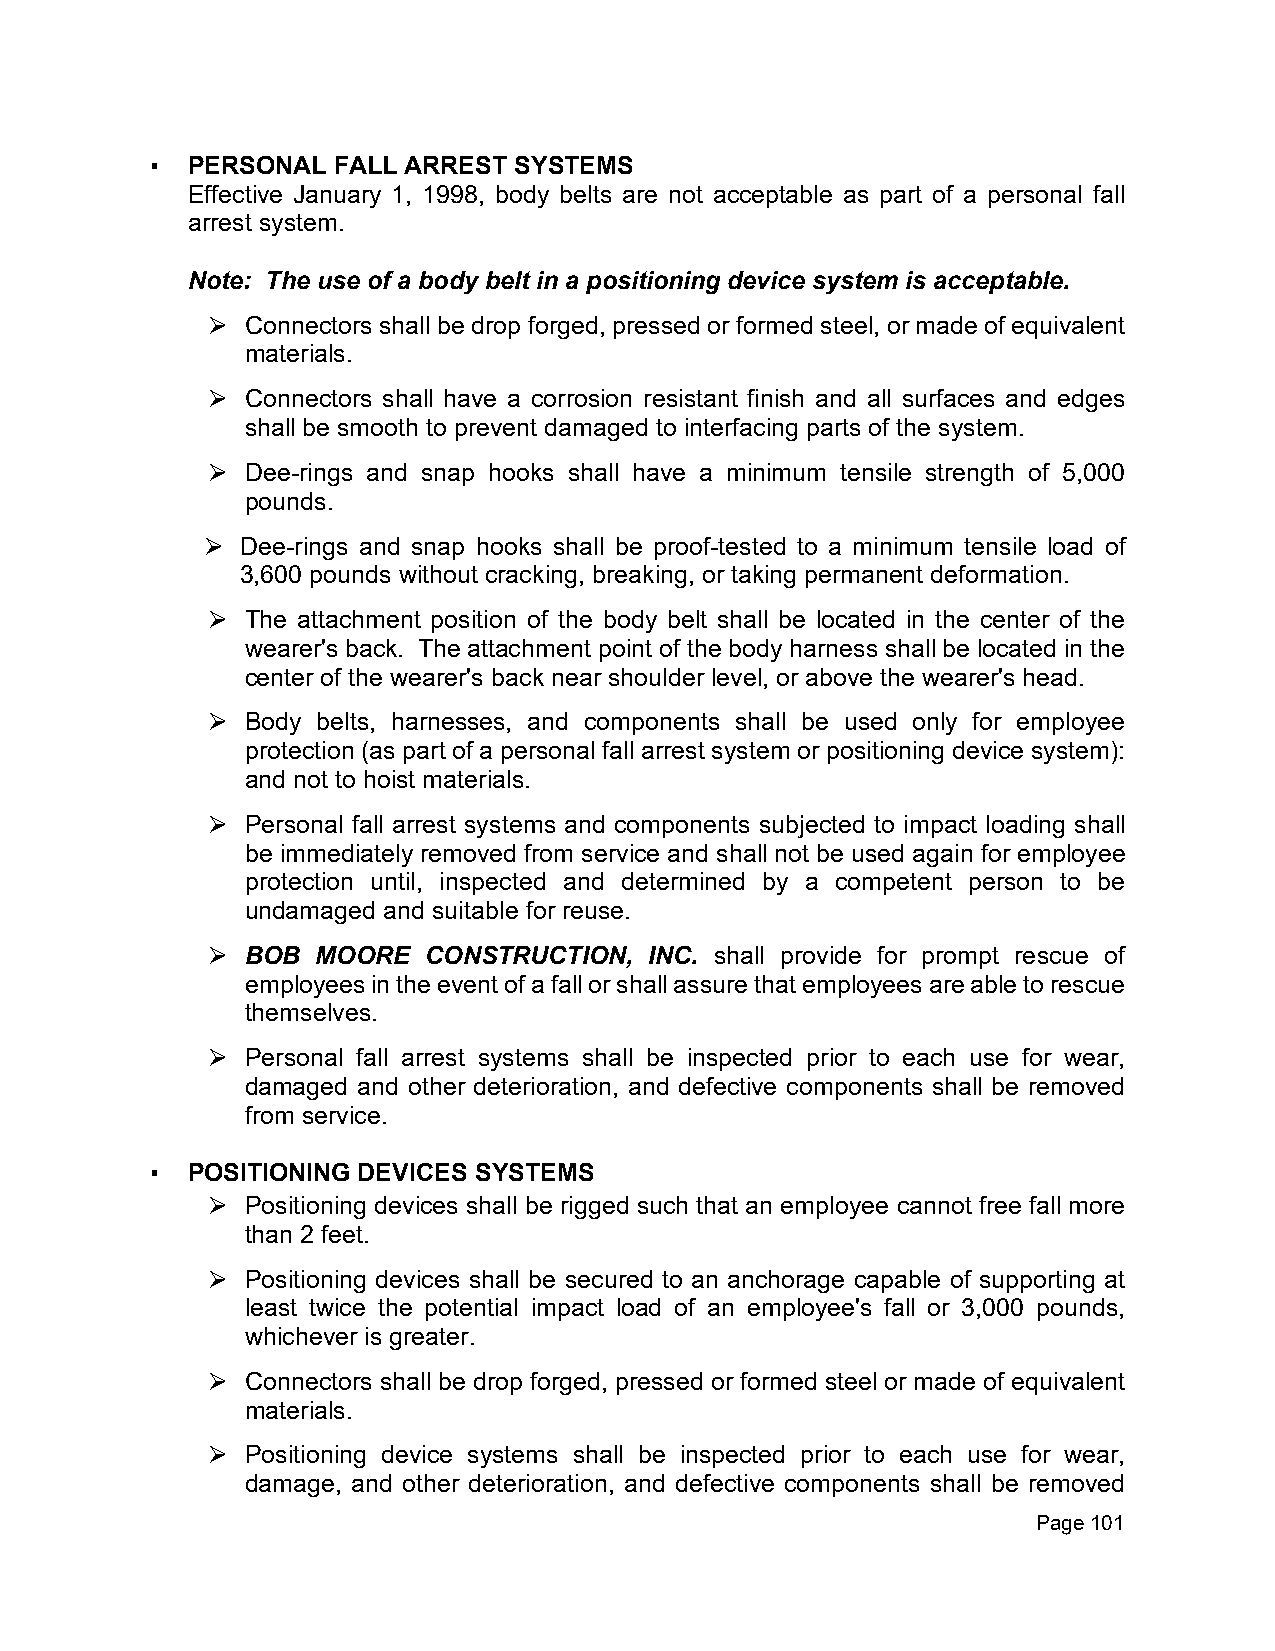
▪ PERSONAL  FALL ARREST SYSTEMS
 Effective January 1, 1998, body belts are not acceptable as part of a personal fall
 arrest system.
 Note: The use of a body belt in a positioning device system is acceptable.
 Connectors shall be drop forged, pressed or formed steel, or made of equivalent
 ⮚
 materials.
 Connectors shall have a corrosion resistant finish and all surfaces and edges
 ⮚
 shall be smooth to prevent damaged to interfacing parts of the system.
 Dee-rings and snap hooks shall have a minimum tensile strength of 5,000
 ⮚
 pounds.
 Dee-rings and snap hooks shall be proof-tested to a minimum tensile load of
 ⮚
 3,600 pounds without cracking, breaking, or taking permanent deformation.
 The attachment position of the body belt shall be located in the center of the
 ⮚
 wearer's back. The attachment point of the body harness shall be located in the
 center of the wearer's back near shoulder level, or above the wearer's head.
 Body belts, harnesses, and components shall be used only for employee
 ⮚
 protection (as part of a personal fall arrest system or positioning device system):
 and not to hoist materials.
 Personal fall arrest systems and components subjected to impact loading shall
 ⮚
 be immediately removed from service and shall not be used again for employee
 protection until, inspected and determined by a competent person to be
 undamaged and suitable for reuse.
 BOB  MOORE  CONSTRUCTION,  INC. shall provide for prompt rescue of
 ⮚
 employees in the event of a fall or shall assure that employees are able to rescue
 themselves.
 Personal fall arrest systems shall be inspected prior to each use for wear,
 ⮚
 damaged and other deterioration, and defective components shall be removed
 from service.
 ▪ POSITIONING DEVICES SYSTEMS
 Positioning devices shall be rigged such that an employee cannot free fall more
 ⮚
 than 2 feet.
 Positioning devices shall be secured to an anchorage capable of supporting at
 ⮚
 least twice the potential impact load of an employee's fall or 3,000 pounds,
 whichever is greater.
 Connectors shall be drop forged, pressed or formed steel or made of equivalent
 ⮚
 materials.
 Positioning device systems shall be inspected prior to each use for wear,
 ⮚
 damage, and other deterioration, and defective components shall be removed
 Page 101